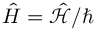
\hat { H } = \hat { \mathcal { H } } / \hbar